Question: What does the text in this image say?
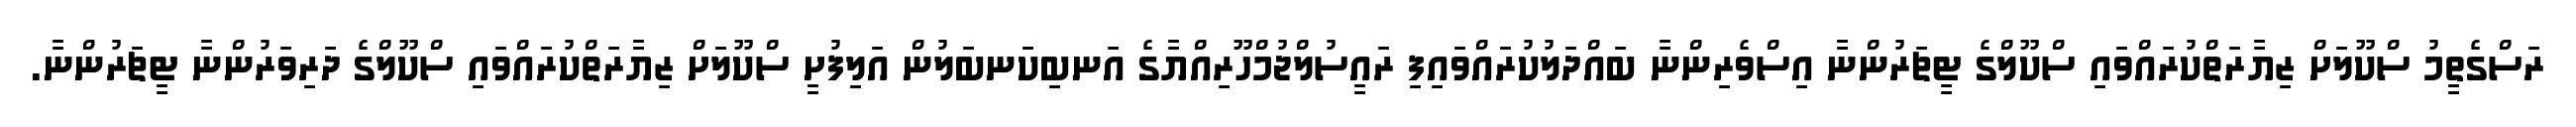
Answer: ރަސްގެތީމު ސްކޫލަށް ޒިޔާރަތްކުރައްވައި ސްކޫލްގެ ޓީޗަރުންނާ އިސްވެރިންނާ ބައްދަލުކުރައްވައިފި ރައީސުލްޖުމްހޫރިއްޔާގެ އަނބިކަނބަލުން އަލިފުށީ ސްކޫލަށް ޒިޔާރަތްކުރައްވައި ސްކޫލްގެ ދަރިވަރުންނާ ޓީޗަރުންނާ.